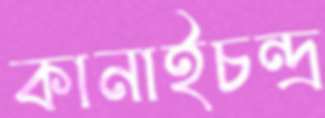
কানাইচন্দ্র